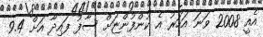
އެއީ 2008 ވަނަ އަހަރު އެ ކުންފުންޏަށް ސާފު ފައިދާ އަށް 9.4